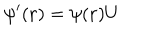
LaTeX: \psi ^ { \prime } ( { \bf r } ) = \psi ( { \bf r } ) U